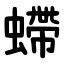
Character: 螮